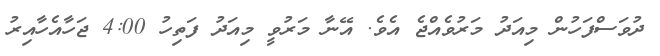
ދުވަސްފަހުން މިއަދު މަރުވެއްޖެ އެވެ. އޭނާ މަރުވީ މިއަދު ފަތިހު 4:00 ޖަހާއެހާއިރު